Civil Veterinary Department. United Provinces 1932-42 - 1932-1942
Year: 1932
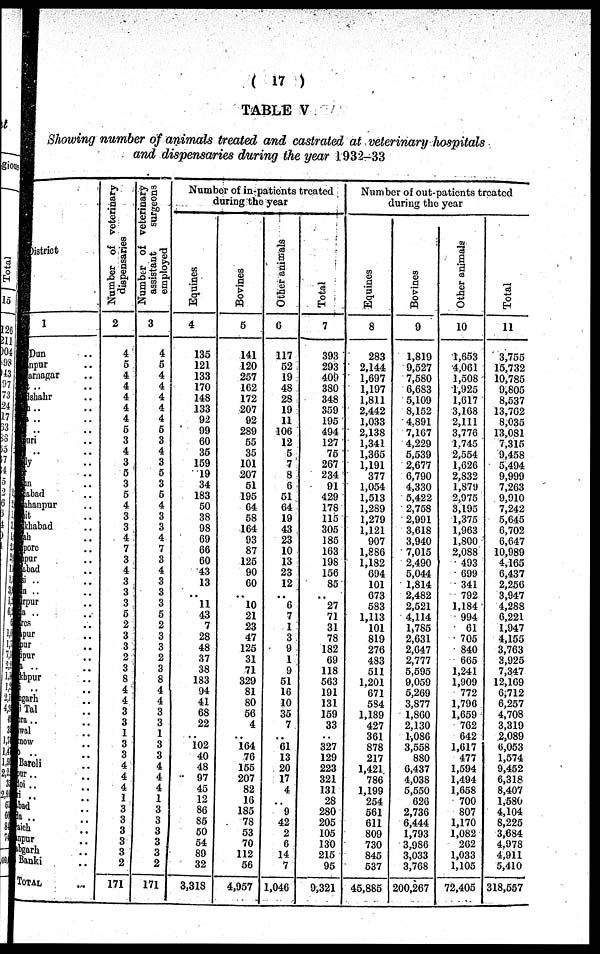
(17)
TABLE V
Showing number of animals treated and castrated at veterinary hospitals
and dispensaries during the year 1932-33
District
1
Dun ..
npur ..
arnagar ..
.. ..
skahr ..
.. ..
.. ..
.. ..
mi ..
.. ..
y ..
..
in ..
abad ..
ahanpur ..
it ..
khabad ..
ah. ..
pore ..
pur ..
ibad ..
i ..
a ..
rpur ..
a ..
res ..
Pur ..
ur
..
pur ..
i ..
..
thpur ..
.. ..
garh ..
Tal ..
Tal
.
.
ra .. ..
val
..
low
..
Bareli ..
or ..
oi .. ..
i .. ..
bad .. ..
ad .. ..
a .. ..
ich ..
ipur
..
bgarh
..
Banki
..
TOTAL ..
Number of veterinary
dispensaries
2
4
5
4
4
4
4
4
5
3
4
3
5
3
5
4
3
3
4
7
3
4
3
3
3
5
2
3
3
2
3
8
4
4
3
3
1
3
3
4
4
4
1
3
3
3
3
3
2
171
Number of veterinary
assistant
surgeons
employed
3
4
5
4
4
4
4
4
5
3
4
3
5
3
5
4
3
3
4
7
3
4
3
3
3
5
2
3
3
2
3
8
4
4
3
3
1
3
3
4
4
4
1
3
3
3
3
3
2
171
Number of in-patients treated
during the year
Equines
4
135
121
133
170
148
133
92
99
60
36
159
19
34
183
50
38
98
69
66
60
43
13
..
11
43
7
28
48
37
38
183
94
41
68
22
..
102
40
48
.. 97
45
12
86
85
50
54
89
32
3,318
Bovines
5
141
120
257
162
172
207
92
289
55
35
101
207
51
195
64
58
164
93
87
125
90
60
..
10
21
23
47
125
31
71
329
81
80
56
4
..
164
76
155
207
82
16
185
78
53
70
112
56
4,957
Other animals
6
117
52
19
48
28
19
11
106
12
5
7
8
6
51
64
19
43
23
10
13
23
12
..
6
7
1
3
9
1
9
51
16
10
35
7
..
61
13
20
17
4
..
9
42
2
6
14
7
1,046
Total
7
393
293
409
380
348
359
195
494
127
75
267
234
91
429
178
115
305
185
163
198
156
85
..
27
71
31
78
182
69
118
563
191
131
159
33
..
327
129
223
321
131
28
280
205
105
130
215
95
9,321
Number of out-patients treated
during the year
Equines
8
283
2,144
1,697
1,197
1,811
2,442
1,033
2,138
1,341
1,365
1,191
377
1,054
1,513
1,289
1,279
1,121
907
1,886
1,182
694
101
673
583
1,113
101
819
276
483
511
1.201
671
584
1,189
427
361
878
217
1,421
786
1,199
254
561
611
809
730
845
537
45,885
Bovines
9
1,819
9,527
7,580
6,683
5,109
8,152
4.891
7,167
4,229
5,539
2,677
6,790
4,330
5,422
2,758
2,991
3.618
3,940
7,015
2,490
5,044
1,814
2,482
2,521
4,114
1,785
2,631
2,647
2,777
5,595
9,059
5,269
3,877
1,860
2,130
1,086
3,558
880
6,437
4,038
5,550
626
2,736
6,444
1,793
3,986
3,033
3,768
200,267
Other animals
10
1,653
4,061
1,508
1,925
1,617
3,168
2,111
3,776
1.745
2,554
1,626
2,832
1,879
2,975
3,195
1,375
1,963
1,800
2,088
493
699
341
792
1,184
994
61
705
840
665
1,241
1,909
772
1,796
1,659
762
642
1,617
477
1,594
1,494
1,658
700
807
1,170
1,082
262
1,033
1,105
72,405
Total
11
3,755
15,732
10,785
9,805
8,537
13,762
8,035
13,081
7,315
9,458
5,494
9,999
7,263
9,910
7,242
5,645
6,702
6,647
10,989
4,165
6,437
2,256
3,947
4,288
6,221
1,947
4,155
3,763
3,925
7,347
12,169
6,712
6,257
4,708
3,319
2,089
6,053
1,574
9,452
6,318
8,407
1,580
4,104
8,225
3,684
4.978
4,911
5,410
318,557